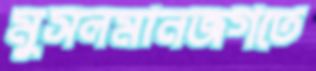
মুসলমানজগতে